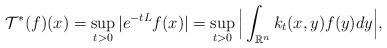
LaTeX: \begin{align*}\mathcal{T}^*(f)(x)=\sup_{t>0}|e^{-tL}f(x)|=\sup_{t>0}\Big|\int_{\mathbb{R}^n}k_t(x,y)f(y)dy\Big|,\end{align*}